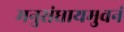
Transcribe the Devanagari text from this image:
मनुसंघायमुवनं